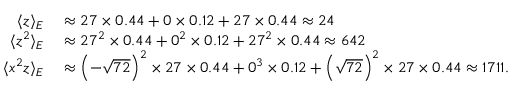
\begin{array} { r l } { \langle \mathscr { z } \rangle _ { E } } & { { } \approx 2 7 \times 0 . 4 4 + 0 \times 0 . 1 2 + 2 7 \times 0 . 4 4 \approx 2 4 } \\ { \langle \mathscr { z } ^ { 2 } \rangle _ { E } } & { { } \approx 2 7 ^ { 2 } \times 0 . 4 4 + 0 ^ { 2 } \times 0 . 1 2 + 2 7 ^ { 2 } \times 0 . 4 4 \approx 6 4 2 } \\ { \langle \mathscr { x } ^ { 2 } \mathscr { z } \rangle _ { E } } & { { } \approx \left( - \sqrt { 7 2 } \right) ^ { 2 } \times 2 7 \times 0 . 4 4 + 0 ^ { 3 } \times 0 . 1 2 + \left( \sqrt { 7 2 } \right) ^ { 2 } \times 2 7 \times 0 . 4 4 \approx 1 7 1 1 . } \end{array}